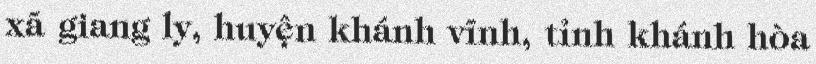
xã giang ly, huyện khánh vĩnh, tỉnh khánh hòa